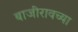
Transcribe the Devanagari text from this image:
बाजीरावच्या